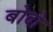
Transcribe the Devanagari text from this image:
बोदो